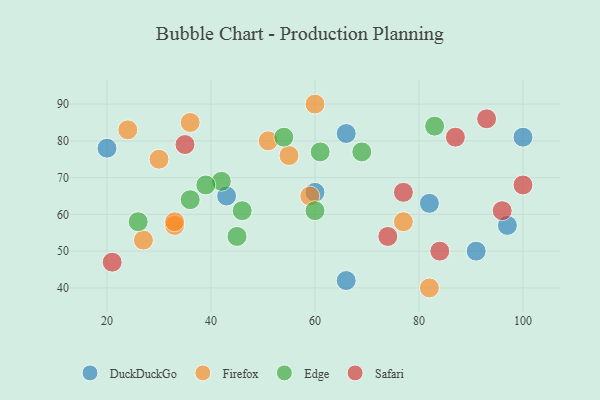
{"axis": {"x": "GDP", "y": "Life Expectancy"}, "legend": ["DuckDuckGo", "Edge", "Firefox", "Safari"], "data": [{"x": "66", "y": 42, "type": "DuckDuckGo"}, {"x": "43", "y": 65, "type": "DuckDuckGo"}, {"x": "91", "y": 50, "type": "DuckDuckGo"}, {"x": "97", "y": 57, "type": "DuckDuckGo"}, {"x": "66", "y": 82, "type": "DuckDuckGo"}, {"x": "82", "y": 63, "type": "DuckDuckGo"}, {"x": "100", "y": 81, "type": "DuckDuckGo"}, {"x": "20", "y": 78, "type": "DuckDuckGo"}, {"x": "60", "y": 66, "type": "DuckDuckGo"}, {"x": "55", "y": 76, "type": "Firefox"}, {"x": "30", "y": 75, "type": "Firefox"}, {"x": "33", "y": 57, "type": "Firefox"}, {"x": "60", "y": 90, "type": "Firefox"}, {"x": "59", "y": 65, "type": "Firefox"}, {"x": "33", "y": 58, "type": "Firefox"}, {"x": "82", "y": 40, "type": "Firefox"}, {"x": "24", "y": 83, "type": "Firefox"}, {"x": "77", "y": 58, "type": "Firefox"}, {"x": "36", "y": 85, "type": "Firefox"}, {"x": "27", "y": 53, "type": "Firefox"}, {"x": "51", "y": 80, "type": "Firefox"}, {"x": "54", "y": 81, "type": "Edge"}, {"x": "61", "y": 77, "type": "Edge"}, {"x": "69", "y": 77, "type": "Edge"}, {"x": "83", "y": 84, "type": "Edge"}, {"x": "60", "y": 61, "type": "Edge"}, {"x": "26", "y": 58, "type": "Edge"}, {"x": "45", "y": 54, "type": "Edge"}, {"x": "46", "y": 61, "type": "Edge"}, {"x": "42", "y": 69, "type": "Edge"}, {"x": "36", "y": 64, "type": "Edge"}, {"x": "39", "y": 68, "type": "Edge"}, {"x": "35", "y": 79, "type": "Safari"}, {"x": "77", "y": 66, "type": "Safari"}, {"x": "74", "y": 54, "type": "Safari"}, {"x": "100", "y": 68, "type": "Safari"}, {"x": "21", "y": 47, "type": "Safari"}, {"x": "84", "y": 50, "type": "Safari"}, {"x": "96", "y": 61, "type": "Safari"}, {"x": "93", "y": 86, "type": "Safari"}, {"x": "87", "y": 81, "type": "Safari"}]}